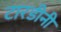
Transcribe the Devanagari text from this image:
टारडीनी